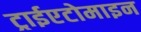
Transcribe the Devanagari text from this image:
ट्राईएटोमाइन